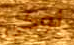
لوكي